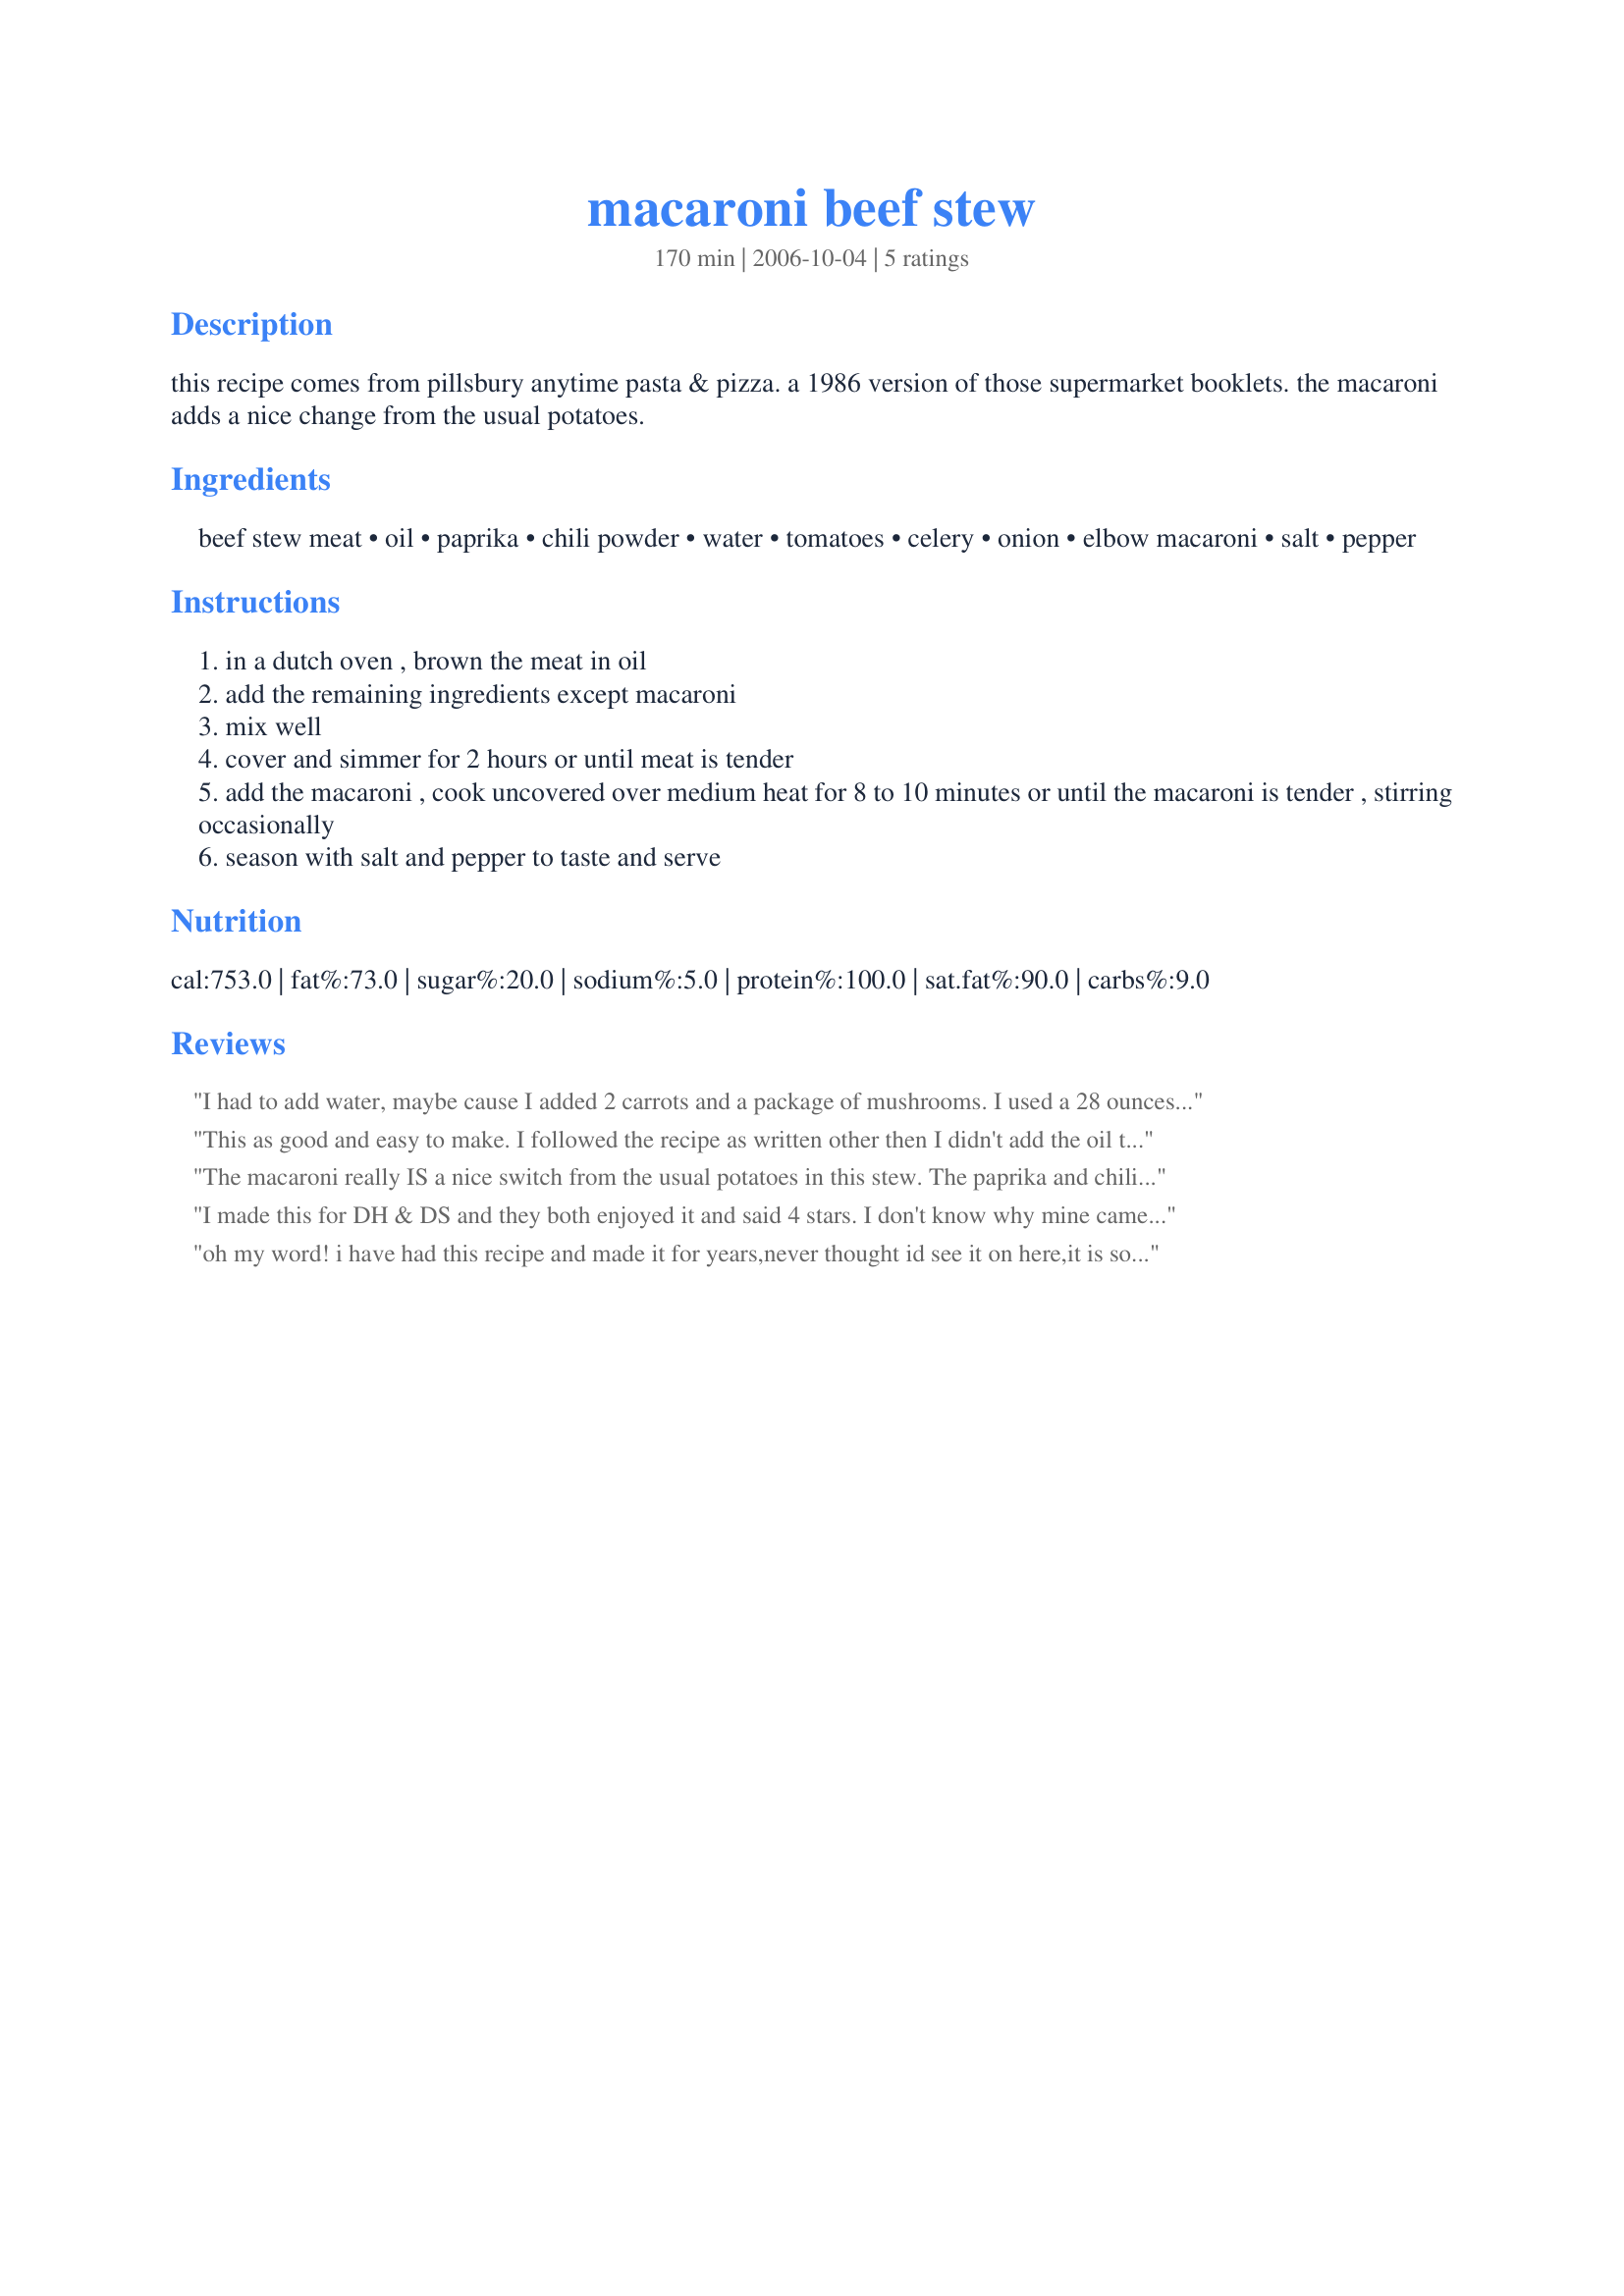
macaroni beef stew
Preparation time: 170 minutes

this recipe comes from pillsbury anytime pasta & pizza. a 1986 version of those supermarket booklets. the macaroni adds a nice change from the usual potatoes.

Ingredients:
beef stew meat, oil, paprika, chili powder, water, tomatoes, celery, onion, elbow macaroni, salt, pepper

Steps:
in a dutch oven , brown the meat in oil
add the remaining ingredients except macaroni
mix well
cover and simmer for 2 hours or until meat is tender
add the macaroni , cook uncovered over medium heat for 8 to 10 minutes or until the macaroni is tender , stirring occasionally
season with salt and pepper to taste and serve

Reviews:
I had to add water, maybe cause I added 2 carrots and a package of mushrooms. I used a 28 ounces can of tomatoes. I like this dish. It's easy to do and a complete meal. Thanks PaulaG :) Made for 123 hit wonders.
This as good and easy to make. I followed the recipe as written other then I didn't add the oil to cook up the stew meat. I also used minced onions instead of a medium onion. My boys really enjoyed it.
The macaroni really IS a nice switch from the usual potatoes in this stew. The paprika and chili powder added a nice flavor. Once it was done simmering, the macaroni and beef were most prominent. I could have used some more veggies. I think next time I'd add in some sliced carrots and some more tomatoes. I'm pretty sure that this would be a great crockpot recipe, too. Thanx for posting it.
I made this for DH & DS and they both enjoyed it and said 4 stars. I don't know why mine came out so much redder than the others but it was well liked no matter the color. It's surely easy to make and who doesn't like that? Be sure to watch the amount of liquid once the macaroni goes in. I needed to add a cup to keep it moist .
oh my word! i have had this recipe and made it for years,never thought id see it on here,it is soooooyummmmmy,,,love it, thanks for sharing it so others can enjoy,i just never thoght about it. thanks dear.
